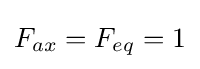
F_{ax}=F_{eq}=1